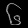
Digit: ၆